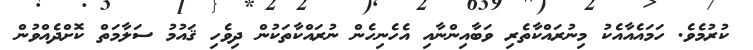
ކުރުމެވެ. ހަމައެއާއެކު މިނުރައްކާތެރި ވަބާއިންނާއި އެހެނިހެން ނުރައްކާތަކުން ދިވެހި ޤައުމު ސަލާމަތް ކޮށްދެއްވުން